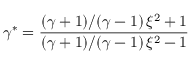
\gamma ^ { * } = \frac { ( \gamma + 1 ) / ( \gamma - 1 ) \, \xi ^ { 2 } + 1 } { ( \gamma + 1 ) / ( \gamma - 1 ) \, \xi ^ { 2 } - 1 }